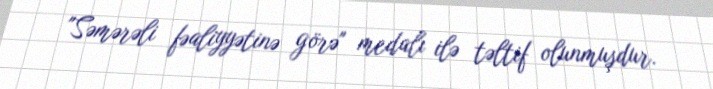
"Səmərəli fəaliyyətinə görə" medalı ilə təltif olunmuşdur.